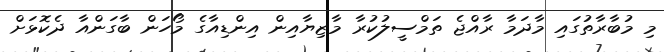
މި މުބާރާތުގައި މާދަމާ ރާއްޖެ ތަމްސީލުކުރާ މާޒިޔާއިން އިންޑިއާގެ މޯހަން ބާގަންއާ ދެކޮޅަށް